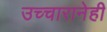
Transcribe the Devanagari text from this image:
उच्चारानेही